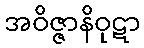
အဝိဇ္ဇာနိဝုဋာ